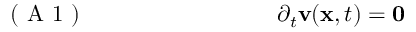
\mathrm { ~ ( ~ A ~ 1 ~ ) ~ } \; \; \; \; \; \; \; \; \; \; \; \; \; \; \; \; \; \; \; \; \; \; \; \; \; \; \; \; \; \; \partial _ { t } { \mathbf v } ( { \mathbf x } , t ) = { \mathbf 0 }